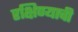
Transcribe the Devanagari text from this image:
रक्षिण्याची